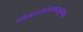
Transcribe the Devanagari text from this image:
श्रीमद्वामदेवपादानुध्यात